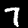
Digit: 7